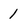
Character: 1